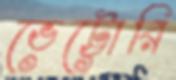
ভেট্টোরি